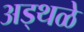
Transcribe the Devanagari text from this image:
अड्थळे